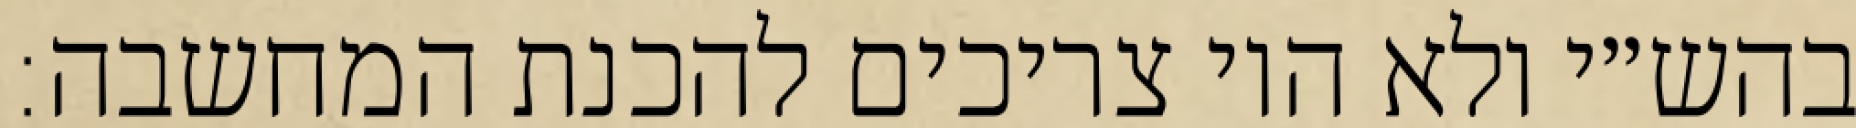
בהש״י ולא היו צריכים להכנת המחשבה: